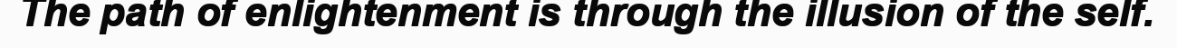
The path of enlightenment is through the illusion of the self.